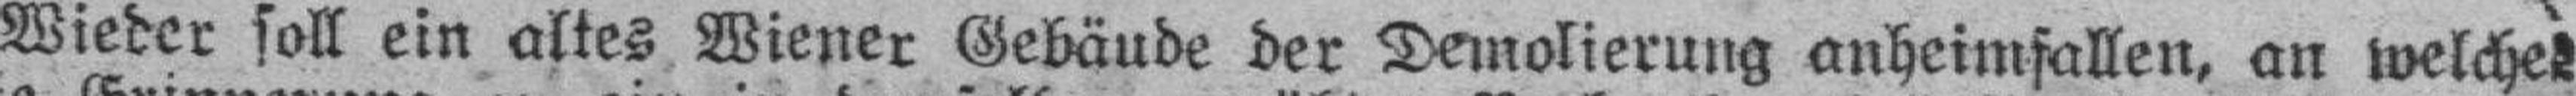
Wieder soll ein altes Wiener Gebäude der Demolierung anheimfallen, an welches